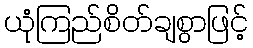
ယုံကြည်စိတ်ချစွာဖြင့်